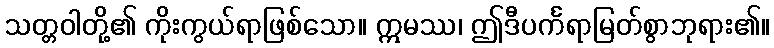
သတ္တဝါတို့၏ ကိုးကွယ်ရာဖြစ်သော။ ဣမဿ၊ ဤဒီပင်္ကရာမြတ်စွာဘုရား၏။